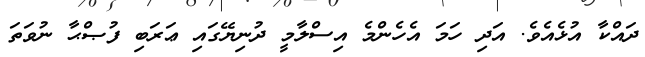
ދައްކާ އުޅެއެވެ. އަދި ހަމަ އެހެންމެ އިސްލާމީ ދުނިޔޭގައި ޢަރަބި ފުޞްޙާ ނުވަތަ